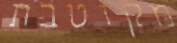
מקוטבת